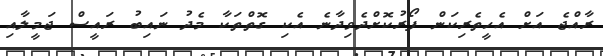
ރާއްޖެ އަށް އެހީތެރިކަން ފޯރުކޮށްދެވިދާނެ އެކި ގޮތްތަކާ މެދު ނައިބު ރައީސް ޖަމީލާއި